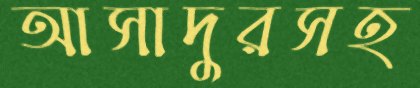
আসাদুরসহ